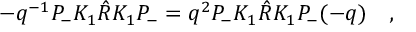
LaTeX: - q ^ { - 1 } P _ { - } K _ { 1 } \hat { R } K _ { 1 } P _ { - } = q ^ { 2 } P _ { - } K _ { 1 } \hat { R } K _ { 1 } P _ { - } ( - q ) \quad ,